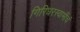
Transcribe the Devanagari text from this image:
गिरिधरस्वामींचं